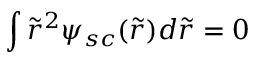
\int \tilde { r } ^ { 2 } \psi _ { s c } ( \tilde { r } ) d \tilde { r } = 0